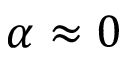
\alpha \approx 0